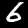
Label: 6